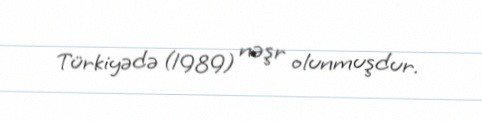
Türkiyədə (1989) nəşr olunmuşdur.